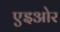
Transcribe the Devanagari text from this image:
एइओर